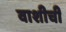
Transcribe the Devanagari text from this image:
वाशीची